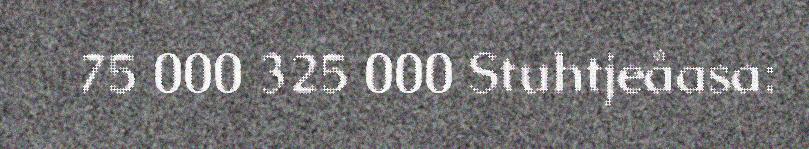
75 000 325 000 Stuhtjeåasa: